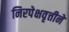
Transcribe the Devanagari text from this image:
निरपेक्षवृत्तीने